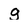
Character: g